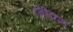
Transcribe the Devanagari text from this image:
टेरेस्‍ट्रियल